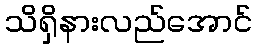
သိရှိနားလည်အောင်